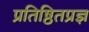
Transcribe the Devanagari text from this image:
प्रतिष्ठितप्रज्ञ